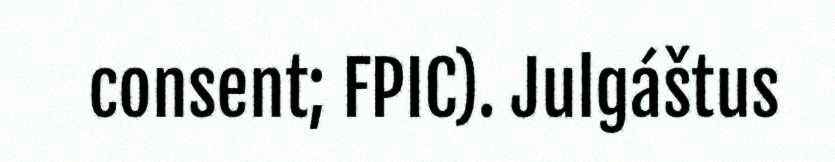
consent; FPIC). Julgáštus